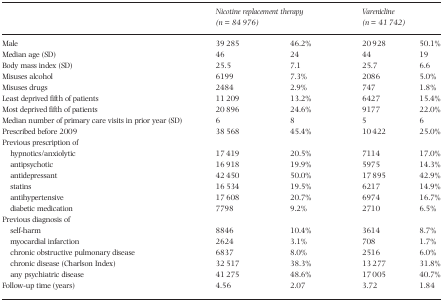
<table><thead><tr><td></td><td colspan="2"><b>Nicotine replacement therapy (n = 84 976)</b></td><td colspan="2"><b>Varenicline (n = 41 742)</b></td></tr></thead><tbody><tr><td>Male</td><td>39 285</td><td>46.2%</td><td>20 928</td><td>50.1%</td></tr><tr><td>Median age (SD)</td><td>46</td><td>24</td><td>44</td><td>19</td></tr><tr><td>Body mass index (SD)</td><td>25.5</td><td>7.1</td><td>25.7</td><td>6.6</td></tr><tr><td>Misuses alcohol</td><td>6199</td><td>7.3%</td><td>2086</td><td>5.0%</td></tr><tr><td>Misuses drugs</td><td>2484</td><td>2.9%</td><td>747</td><td>1.8%</td></tr><tr><td>Least deprived fifth of patients</td><td>11 209</td><td>13.2%</td><td>6427</td><td>15.4%</td></tr><tr><td>Most deprived fifth of patients</td><td>20 896</td><td>24.6%</td><td>9177</td><td>22.0%</td></tr><tr><td>Median number of primary care visits in prior year (SD)</td><td>6</td><td>8</td><td>5</td><td>6</td></tr><tr><td>Prescribed before 2009</td><td>38 568</td><td>45.4%</td><td>10 422</td><td>25.0%</td></tr><tr><td colspan="5">Previous prescription of</td></tr><tr><td>hypnotics/anxiolytic</td><td>17 419</td><td>20.5%</td><td>7114</td><td>17.0%</td></tr><tr><td>antipsychotic</td><td>16 918</td><td>19.9%</td><td>5975</td><td>14.3%</td></tr><tr><td>antidepressant</td><td>42 450</td><td>50.0%</td><td>17 895</td><td>42.9%</td></tr><tr><td>statins</td><td>16 534</td><td>19.5%</td><td>6217</td><td>14.9%</td></tr><tr><td>antihypertensive</td><td>17 608</td><td>20.7%</td><td>6974</td><td>16.7%</td></tr><tr><td>diabetic medication</td><td>7798</td><td>9.2%</td><td>2710</td><td>6.5%</td></tr><tr><td colspan="5">Previous diagnosis of</td></tr><tr><td>self‐harm</td><td>8846</td><td>10.4%</td><td>3614</td><td>8.7%</td></tr><tr><td>myocardial infarction</td><td>2624</td><td>3.1%</td><td>708</td><td>1.7%</td></tr><tr><td>chronic obstructive pulmonary disease</td><td>6837</td><td>8.0%</td><td>2516</td><td>6.0%</td></tr><tr><td>chronic disease (Charlson Index)</td><td>32 517</td><td>38.3%</td><td>13 277</td><td>31.8%</td></tr><tr><td>any psychiatric disease</td><td>41 275</td><td>48.6%</td><td>17 005</td><td>40.7%</td></tr><tr><td>Follow‐up time (years)</td><td>4.56</td><td>2.07</td><td>3.72</td><td>1.84</td></tr></tbody></table>